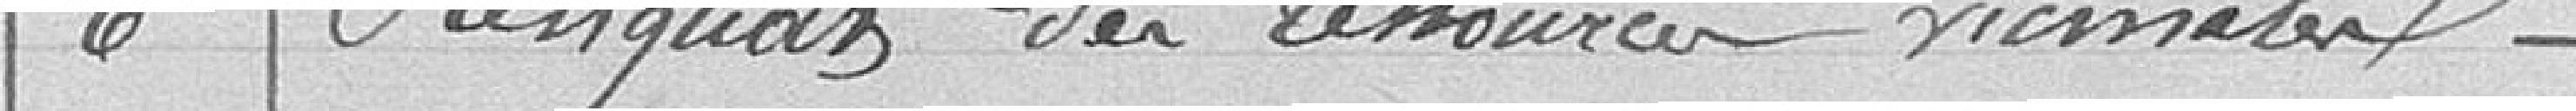
6 - Reliquats des ressources vicinales